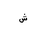
Letter: _shin